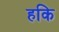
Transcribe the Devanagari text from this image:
हकि